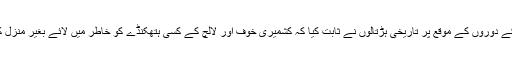
اس عرصے میں نریندر مودی کے مقبوضہ کشمیر کے دوروں کے موقع پر تاریخی ہڑتالوں نے ثابت کیا کہ کشمیری خوف اور لالچ کے کسی ہتھکنڈے کو خاطر میں لائے بغیر منزل کے حصول تک آزادی کے مشن پر گامزن رہیں گے۔